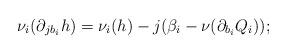
LaTeX: \begin{align*}\nu_i(\partial_{jb_i}h)=\nu_i(h)-j(\beta_i-\nu(\partial_{b_i}Q_i));\end{align*}